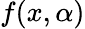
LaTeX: f(x,\alpha)